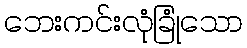
ဘေးကင်းလုံခြုံသော